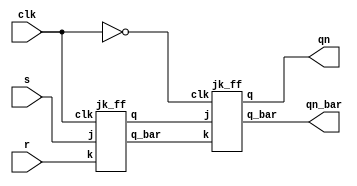
module master_slave(s,r,clk,qn,qn_bar,);
input s,r,clk;
output qn,qn_bar;


wire mq;
wire mq_bar;
wire mclk;
assign mclk= ~clk;


jk_ff Master(s,r,clk,mq,mq_bar);
jk_ff Slave(mq,mq_bar,mclk,qn,qn_bar);

endmodule
module jk_ff(j,k,clk,q,q_bar);
input j,k,clk;
output  q,q_bar;
reg q;
assign q_bar= ~q;
always @(posedge clk)
begin

case({j,k})
2'b00: q<=q;
2'b01: q<=0;
2'b10: q<=1;
2'b11: q<=~q;
endcase
end
endmodule